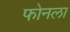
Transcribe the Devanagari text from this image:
फोनला